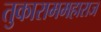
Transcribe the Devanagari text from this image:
तुकाराममहाराज